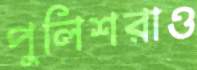
পুলিশরাও